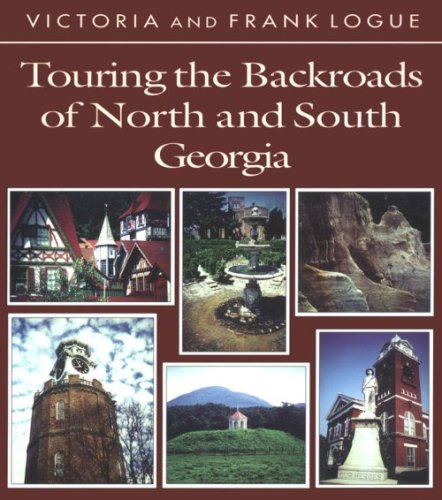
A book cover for Touring the Backroads of North and South Georgia (Touring the Backroads Series); Victoria Steele Logue; Travel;